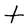
Character: t